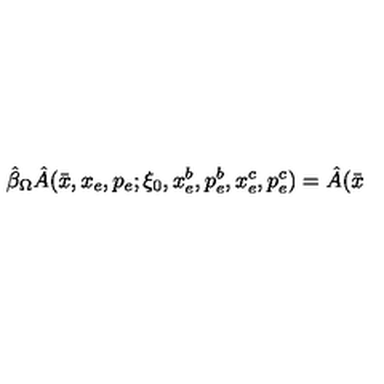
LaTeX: \hat { \beta } _ { \Omega } \hat { A } ( \bar { x } , x _ { e } , p _ { e } ; \xi _ { 0 } , x _ { e } ^ { b } , p _ { e } ^ { b } , x _ { e } ^ { c } , p _ { e } ^ { c } ) = \hat { A } ( \bar { x }